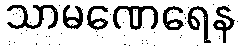
သာမဏေရေန